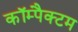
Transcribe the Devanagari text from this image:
कॉम्पैक्टम